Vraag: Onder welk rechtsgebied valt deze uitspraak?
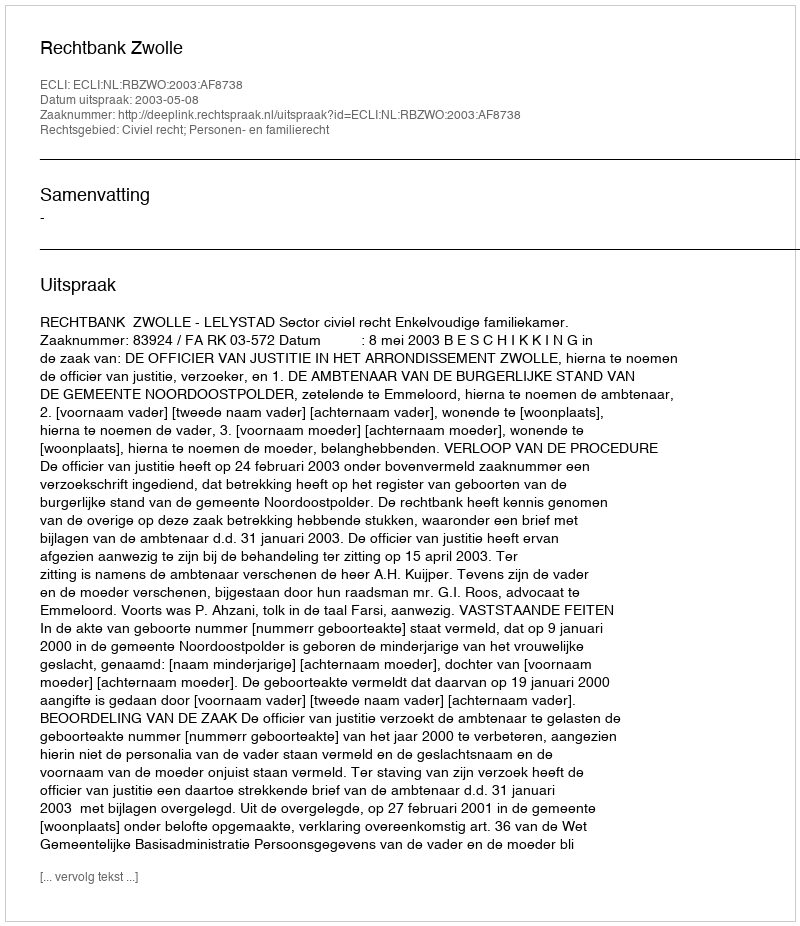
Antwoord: Civiel recht; Personen- en familierecht